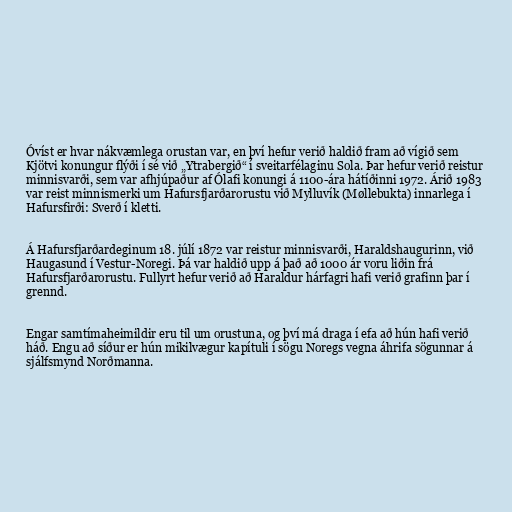
Óvíst er hvar nákvæmlega orustan var, en því hefur verið haldið fram að vígið sem
Kjötvi konungur flýði í sé við „Ytrabergið“ í sveitarfélaginu Sola. Þar hefur verið reistur
minnisvarði, sem var afhjúpaður af Ólafi konungi á 1100-ára hátíðinni 1972. Árið 1983
var reist minnismerki um Hafursfjarðarorustu við Mylluvík (Møllebukta) innarlega í
Hafursfirði: Sverð í kletti.

Á Hafursfjarðardeginum 18. júlí 1872 var reistur minnisvarði, Haraldshaugurinn, við
Haugasund í Vestur-Noregi. Þá var haldið upp á það að 1000 ár voru liðin frá
Hafursfjarðarorustu. Fullyrt hefur verið að Haraldur hárfagri hafi verið grafinn þar í
grennd.

Engar samtímaheimildir eru til um orustuna, og því má draga í efa að hún hafi verið
háð. Engu að síður er hún mikilvægur kapítuli í sögu Noregs vegna áhrifa sögunnar á
sjálfsmynd Norðmanna.